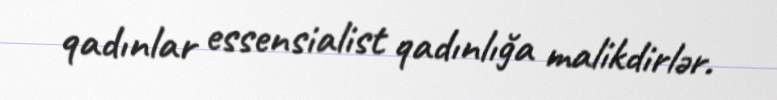
qadınlar essensialist qadınlığa malikdirlər.